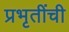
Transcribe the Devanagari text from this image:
प्रभृतींची